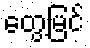
တွေ့မြင်